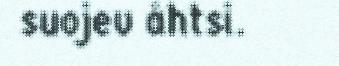
suojev åhtsi.